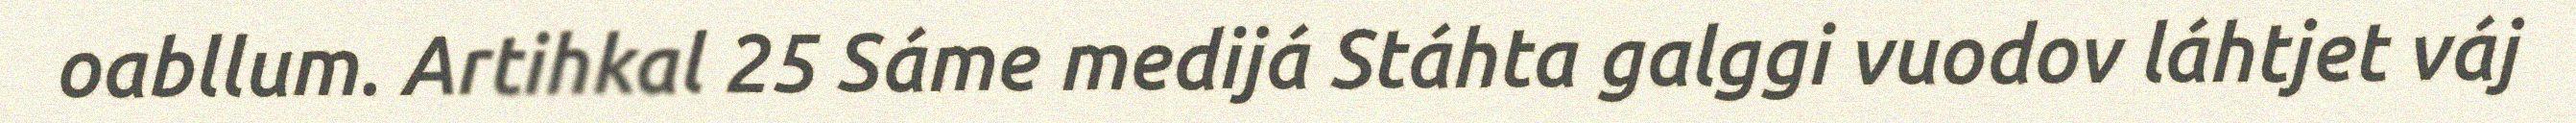
oabllum. Artihkal 25 Sáme medijá Stáhta galggi vuodov láhtjet váj